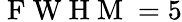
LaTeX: \mathrm{~F~W~H~M~}=5